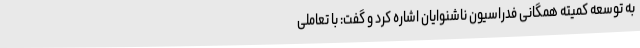
به توسعه کمیته همگانی فدراسیون ناشنوایان اشاره کرد و گفت: با تعاملی